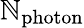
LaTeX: \mathbb{N}_{\mathrm{{photon}}}